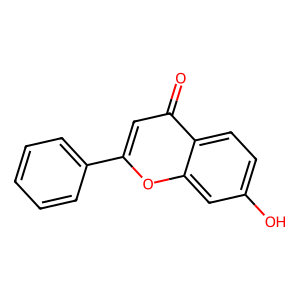
SMILES: O=c1cc(-c2ccccc2)oc2cc(O)ccc12
Inhibits HIV replication: No